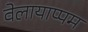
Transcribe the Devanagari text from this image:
वेलायाप्पम